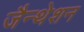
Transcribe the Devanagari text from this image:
जैन्थेशन